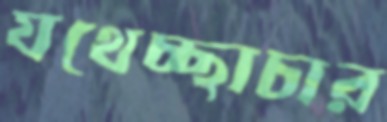
যথেচ্ছাচার